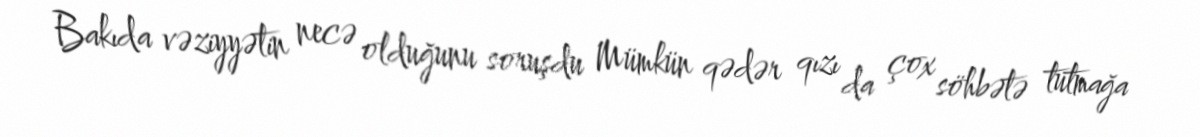
Bakıda vəziyyətin necə olduğunu soruşdu Mümkün qədər qızı da çox söhbətə tutmağa